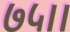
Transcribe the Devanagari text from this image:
७५।।